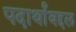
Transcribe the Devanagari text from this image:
पदार्थांबद्दल